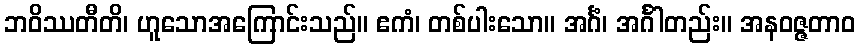
ဘဝိဿတီတိ၊ ဟူသောအကြောင်းသည်။ ဧကံ၊ တစ်ပါးသော။ အင်္ဂံ၊ အင်္ဂါတည်း။ အနဝဇ္ဇတာဝ